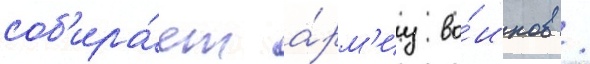
соб'ира́ет а́рм'иу во́инов /